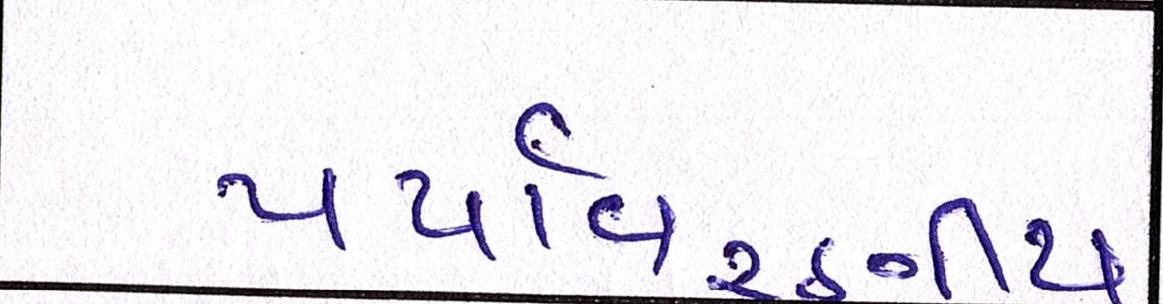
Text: પર્યાવરણીય